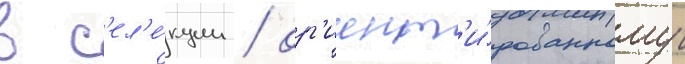
в с'ел'е́кции / ор'иент'и́рованному